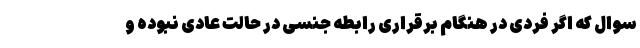
سوال که اگر فردی در هنگام برقراری رابطه جنسی در حالت عادی نبوده و